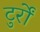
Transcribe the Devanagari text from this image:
टुर्रों